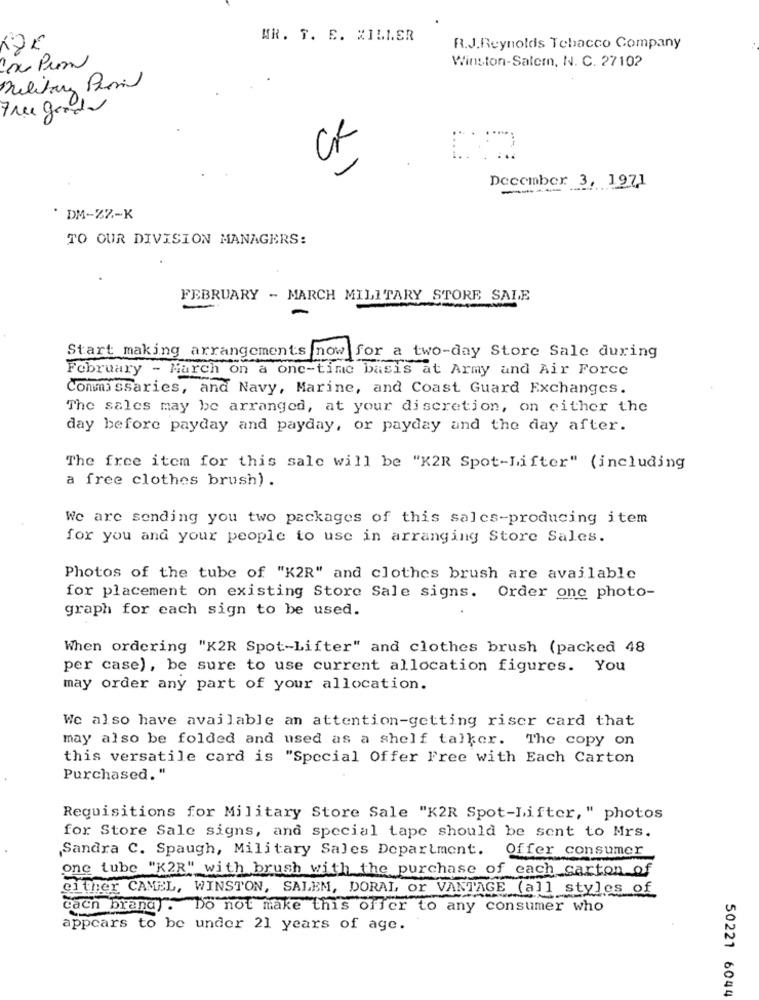
MR. T. E. MILLER
NOE
R.J.Reynolds Tobacco Company
Winston-Salem, N. C. 27102
Con Pun
Military Pravil
Free goods
CK
December 3, 1971
* DM-ZZ-K
TO OUR DIVISION MANAGERS:
FEBRUARY - MARCH MILITARY STORE SALE
Start making arrangements now for a two-day Store Sale during
February - March on a one-time basis at Army and Air Force
Commissaries, and Navy, Marine, and Coast Guard Exchanges.
The sales may be arranged, at your discretion, on either the
day before payday and payday, or payday and the day after.
The free item for this sale will be "K2R Spot-Lifter" (including
a free clothes brush) .
We are sending you two packages of this salcs-producing item
for you and your people to use in arranging Store Sales.
Photos of the tube of "K2R" and clothes brush are available
for placement on existing Store Sale signs. Order one photo-
graph for each sign to be used.
When ordering "K2R Spot-Lifter" and clothes brush (packed 48
per case), be sure to use current allocation figures. You
may order any part of your allocation.
We also have available an attention-getting riser card that
may also be folded and used as a shelf talker. The copy on
this versatile card is "Special Offer Free with Each Carton
Purchased. "
Requisitions for Military Store Sale "K2R Spot-Lifter," photos
for Store Sale signs, and special tape should be sent to Mrs.
Sandra C. Spaugh, Military Sales Department. Offer consumer
one tube "K2R" with brush with the purchase of each carton of
either CAMEL, WINSTON, SALEM, DORAL, or VANTAGE (all styles of
cach brand). Do not make this offer to any consumer who
appears to be under 21 years of age.
50221 6044